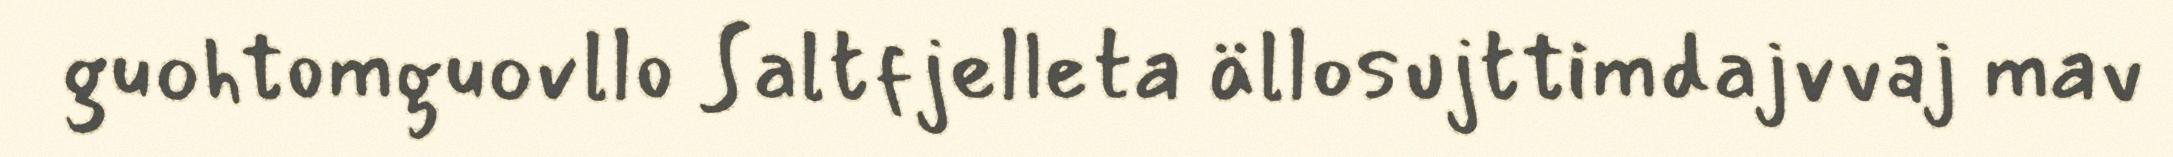
guohtomguovllo Saltfjelleta ällosujttimdajvvaj mav